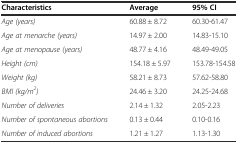
| Characteristics | Average | 95% CI |
 | --- | --- | --- |
 | Age (years) | 60.88 ± 8.72 | 60.30-61.47 |
 | Age at menarche (years) | 14.97 ± 2.00 | 14.83-15.10 |
 | Age at menopause (years) | 48.77 ± 4.16 | 48.49-49.05 |
 | Height (cm) | 154.18 ± 5.97 | 153.78-154.58 |
 | Weight (kg) | 58.21 ± 8.73 | 57.62-58.80 |
 | BMI (kg/m2) | 24.46 ± 3.20 | 24.25-24.68 |
 | Number of deliveries | 2.14 ± 1.32 | 2.05-2.23 |
 | Number of spontaneous abortions | 0.13 ± 0.44 | 0.10-0.16 |
 | Number of induced abortions | 1.21 ± 1.27 | 1.13-1.30 |